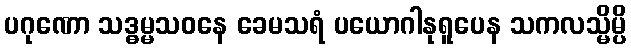
ပဂုဏော သဒ္ဓမ္မသဝနေ ခေမသရံ ပယောဂါနုရူပေန သကလသ္မိမ္ပိ